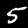
Label: 5